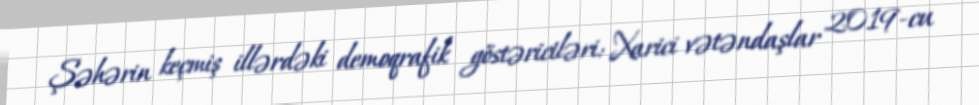
Şəhərin keçmiş illərdəki demoqrafik göstəriciləri: Xarici vətəndaşlar 2019-cu